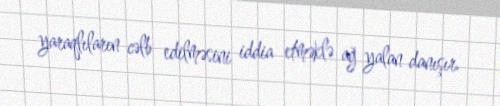
yaraqlıların cəlb edilməsini iddia etməklə ağ yalan danışır.